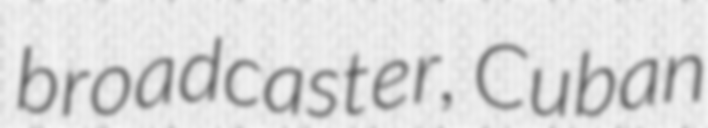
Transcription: broadcaster, Cuban